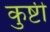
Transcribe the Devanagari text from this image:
कुष्टी